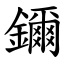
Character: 鑈